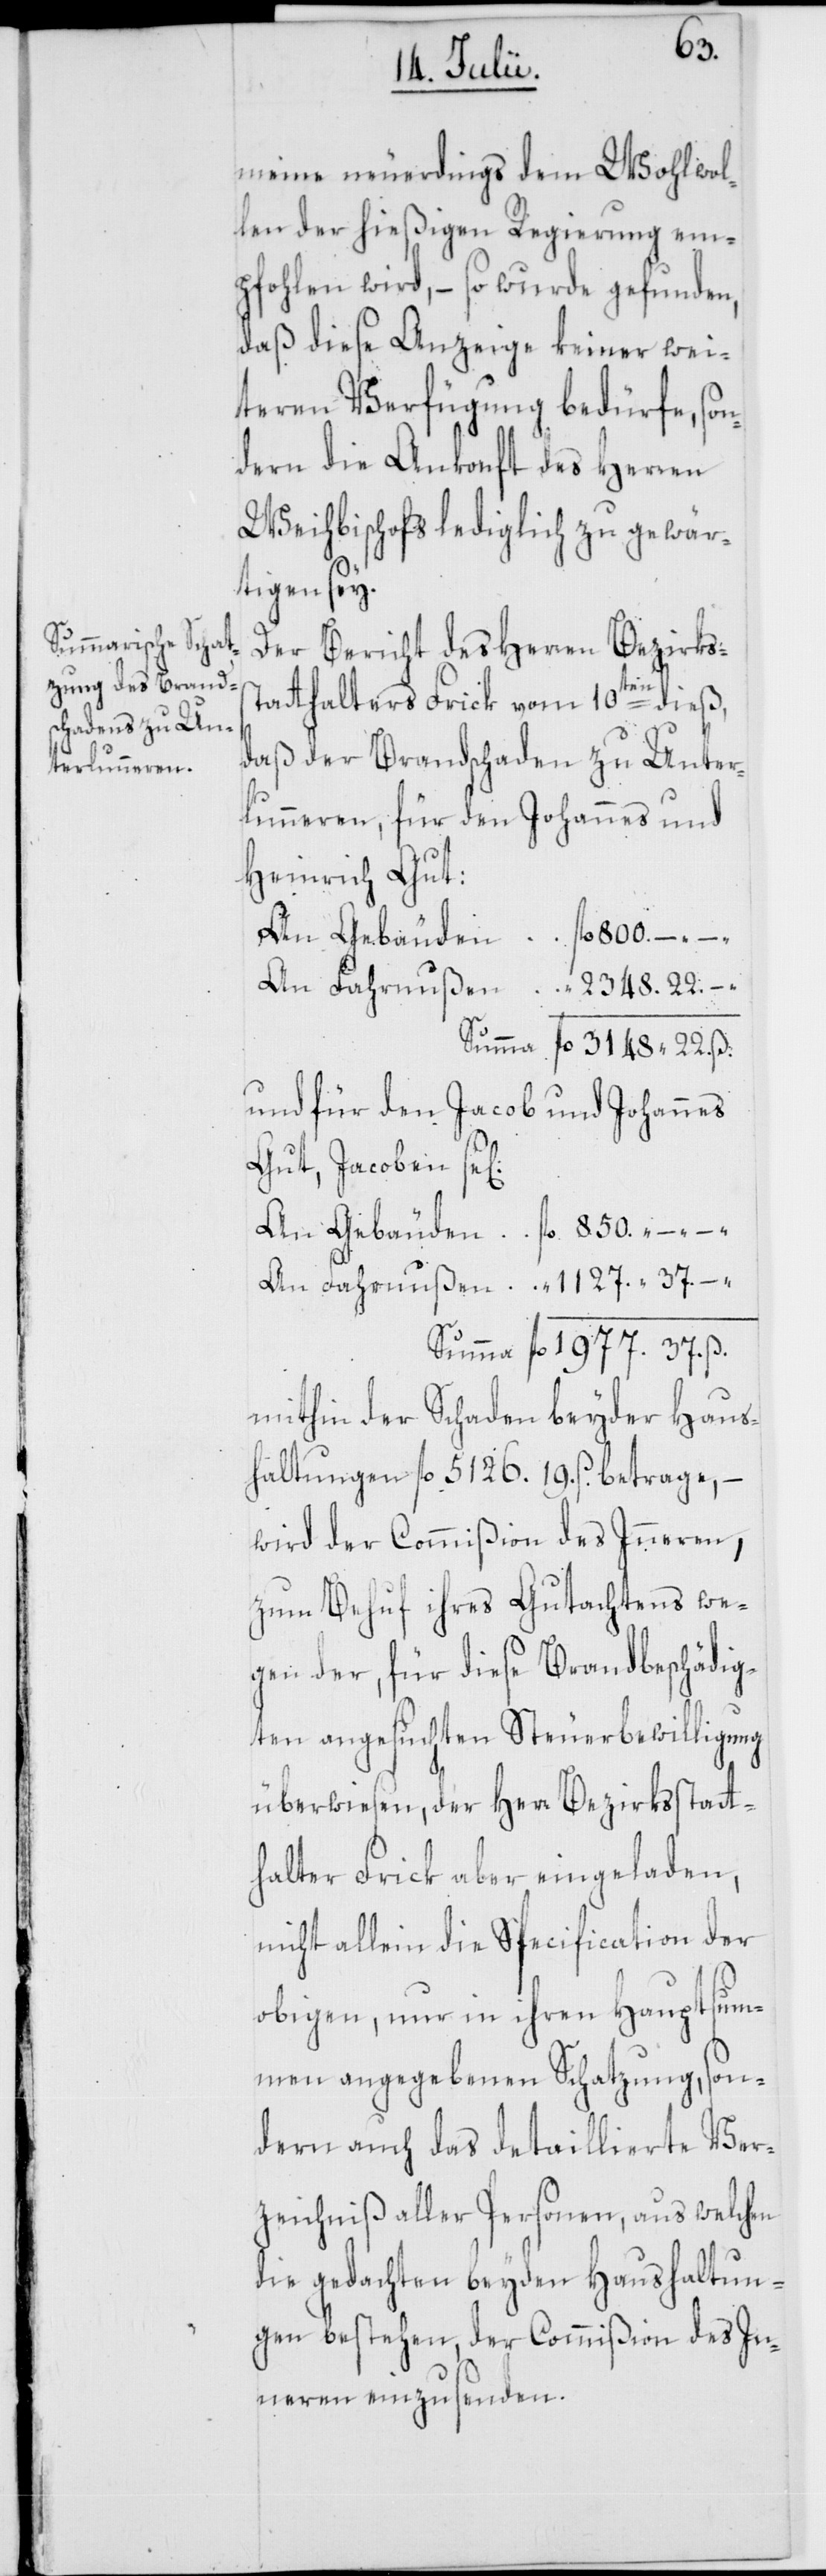
ig]:
mein[d]e neuerdings dem Wohlwol¬
len der hießigen Regierung em¬
pfohlen wird, – so wurde gefunden,
daß diese Anzeige keiner wei¬
teren Verfügung bedürfe, son¬
dern die Ankonft des Herren
Weihbischofs lediglich zu gewär¬
tigen sey.
Der Bericht des Herren Bezirkss¬
tatthalters Frick vom 10ten dieß,
daß der Brandschaden zu Unter¬
lunneren, für den Johannes und
Heinrich Gut:
An Gebäuden fl. 800. –. –.
An Fahrnußen “ 2348. 22. –.
Summa fl. 3148. 22. ß.
und für den Jacob und Johannes
Gut, Jacoben se[l¬
An Gebäuden fl. 850. –. –.
An Fahrnußen “ 1127. 37. –.
Summa fl. 1977. 37. ß.
mithin der Schaden beyder Haus¬
haltungen fl. 5126. 19. ß. betrage,
wird der Commißion des Inneren,
zum Behuf ihres Gutachtens we¬
gen der, für diese Brandbeschädig¬
ten angesuchten Steuerbewilligung
überwiesen, der Herr Bezirksstatt¬
halter Frick aber eingeladen,
nicht allein die Specification der
obigen, nur in ihren Hauptsum¬
men angegebenen Schatzung, son¬
dern auch das detaillierte Ver¬
zeichniß aller Personen, aus welchen
die gedachten beyden Haushaltun¬
gen bestehen, der Commißion des In¬
neren einzusenden.